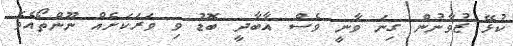
ކުޅޭ ޒުވާނުން ގިނަ ވާނީ ވެސް އާބާދީ ބޮޑު ވި ވަރަކަށެއް ނޫންތޯއެވެ